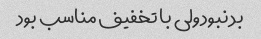
بد نبود ولی با تخفیف مناسب بود